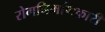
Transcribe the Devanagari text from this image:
रोगनिर्माणकारी